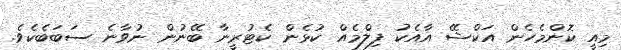
މިއީ ކޮންމެހެން އަކްޝޭ އާއެކު ފިލްމެއް ކުޅެން ކެޓުރީނާ ބޭނުން ނުވާނެ ސަބަބެކެވެ.